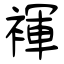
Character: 褌